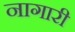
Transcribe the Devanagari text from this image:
नागारी